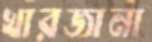
খারজানা